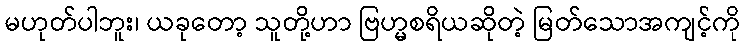
မဟုတ်ပါဘူး၊ ယခုတော့ သူတို့ဟာ ဗြဟ္မစရိယဆိုတဲ့ မြတ်သောအကျင့်ကို